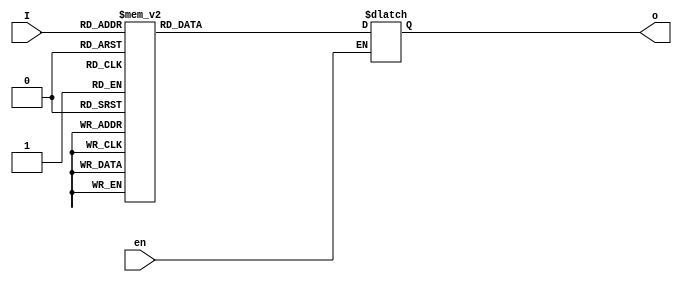
module RegDecoder (en,I,o);

input [4:0]I;
input en;

output reg [0:32] o;

//wire [4:0] W;
//assign I[4:0] = W[4:0];
//register_file (.I(I[4:0]));

		always @ (I or en) begin
			if (en==1'b1) begin
		
		 
				case (I)
			
					5'b00000 : o=32'b00000000000000000000000000000001;
					5'b00001 : o=32'b00000000000000000000000000000010;
					5'b00010 : o=32'b00000000000000000000000000000100;
					5'b00011 : o=32'b00000000000000000000000000001000;
					5'b00100 : o=32'b00000000000000000000000000010000;
					5'b00101 : o=32'b00000000000000000000000000100000;
					5'b00110 : o=32'b00000000000000000000000001000000;
					5'b00111 : o=32'b00000000000000000000000010000000;
					5'b01000 : o=32'b00000000000000000000000100000000;
					5'b01001 : o=32'b00000000000000000000001000000000;
					5'b01010 : o=32'b00000000000000000000010000000000;
					5'b01011 : o=32'b00000000000000000000100000000000;
					5'b01100 : o=32'b00000000000000000001000000000000;
					5'b01101 : o=32'b00000000000000000010000000000000;
					5'b01110 : o=32'b00000000000000000100000000000000;
					5'b01111 : o=32'b00000000000000001000000000000000;
					5'b10000 : o=32'b00000000000000010000000000000000;
					5'b10001 : o=32'b00000000000000100000000000000000;
					5'b10010 : o=32'b00000000000001000000000000000000;
					5'b10011 : o=32'b00000000000010000000000000000000;
					5'b10100 : o=32'b00000000000100000000000000000000;
					5'b10101 : o=32'b00000000001000000000000000000000;
					5'b10110 : o=32'b00000000010000000000000000000000;
					5'b10111 : o=32'b00000000100000000000000000000000;
					5'b11000 : o=32'b00000001000000000000000000000000;
					5'b11001 : o=32'b00000010000000000000000000000000;
					5'b11010 : o=32'b00000100000000000000000000000000;
					5'b11011 : o=32'b00001000000000000000000000000000;
					5'b11100 : o=32'b00010000000000000000000000000000;
					5'b11101 : o=32'b00100000000000000000000000000000;
					5'b11110 : o=32'b01000000000000000000000000000000;
					5'b11111 : o=32'b10000000000000000000000000000000;
					default : o=32'bxxxxxxxxxxxxxxxxxxxxxxxxxxxxxxxx;

	endcase	 
		end
			end

endmodule 	

/*module decoder2to4(in, o);
input [1:0] in;
output reg [3:0] o;

always @ (in)begin
	case(in)
		2'b00 : o= 4'b0001;
		2'b01 : o= 4'b0010;
		2'b10 : o= 4'b0100;
		2'b11 : o= 4'b1000;	
default : o = 4'bxxxx;
	
endcase
end 		
endmodule*/